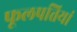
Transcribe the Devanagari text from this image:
फूलपत्तियां